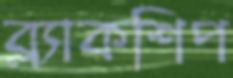
ব্ল্যাকশিপ